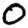
Digit: 0